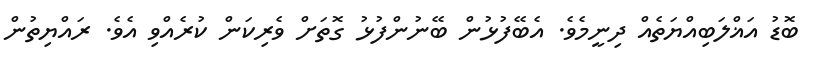
ބޮޑު އަޣްލަބިއްޔަތެއް ދިނީމެވެ. އެބޭފުޅުން ބޭނުންފުޅު ގޮތަށް ވެރިކަން ކުރެއްވި އެވެ. ރައްޔިތުން